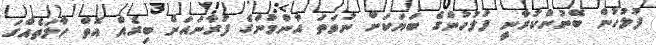
ފުލުހުން ބޭނުންކުރާނީ ފުލުހުންގެ ބަޔަކަށް ނުވަތަ އާންމުންގެ ފުރާނައަށް ބިރެއް އޮތް ހާލަތެއްގަ